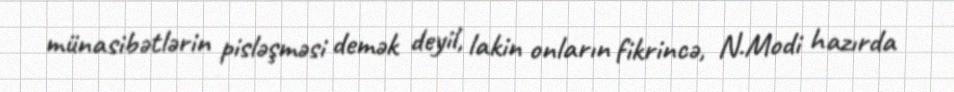
münasibətlərin pisləşməsi demək deyil, lakin onların fikrincə, N.Modi hazırda